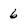
Character: 6